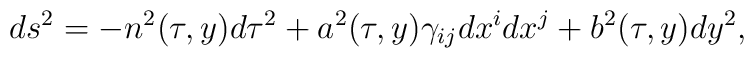
ds^{2}=-n^{2}(\tau,y) d\tau^{2}+a^{2}(\tau,y)\gamma_{ij}dx^{i}dx^{j}+b^{2}(\tau,y)dy^{2},